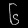
Digit: ၆